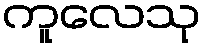
ကူလေသု